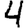
Digit: 4